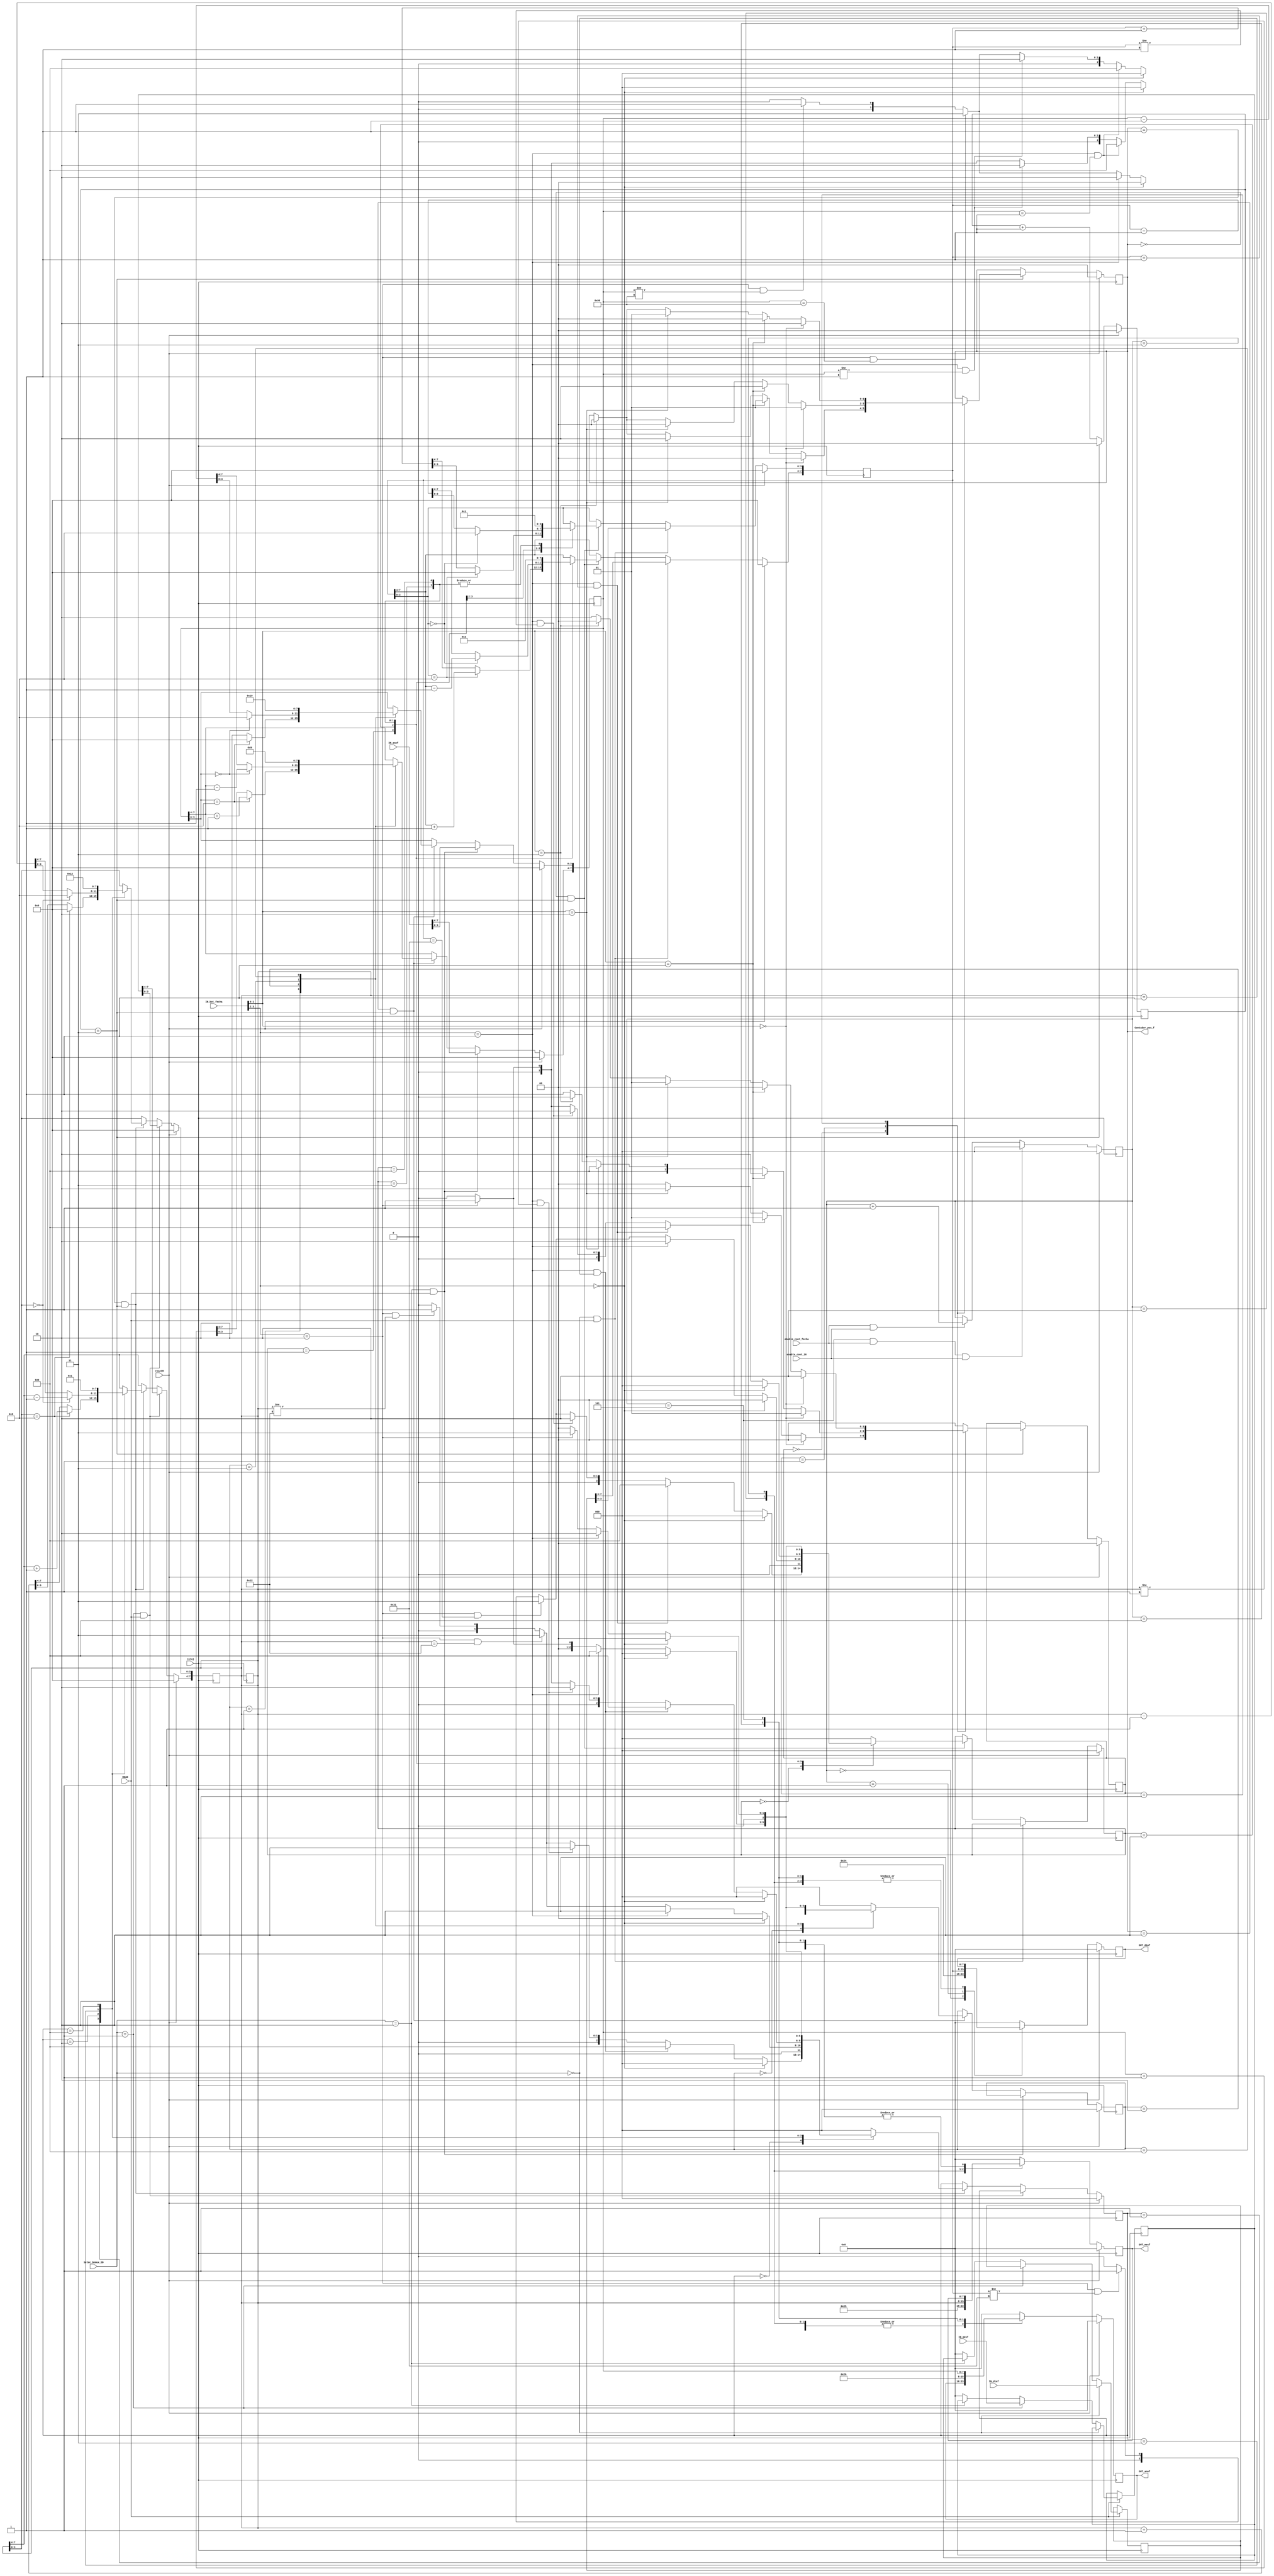
`timescale 1ns / 1ps
//////////////////////////////////////////////////////////////////////////////////
// Company: 
// Engineer: 
// 
// Design Name: 
// Module Name: bloque_fecha
// Project Name: 
// Target Devices: 
// Tool Versions: 
// Description: 
// 
// Dependencies: 
// 
// Revision:
// Revision 0.01 - File Created
// Additional Comments:
// 
//////////////////////////////////////////////////////////////////////////////////


module bloque_fecha(

 output [7:0] OUT_diaf,
 output [7:0] OUT_mesf,
 output [7:0] OUT_anof,
 
 output [1:0] Contador_pos_f,

 
 input [7:0] IN_diaf,
 input [7:0] IN_mesf,
 input [7:0] IN_anof,
 input reloj,
 input resetM,    
 input enable_cont_16,
 input enable_cont_fecha,
 input [3:0] Selec_Demux_DD,
 input [3:0] IN_bot_fecha,
 input READ

    );
 
 
 
 
 
 
 
 
 
 
 
 parameter dir_outfecha_1 = 8'd36;
 parameter dir_outfecha_2 = 8'd37;
 parameter dir_outfecha_3 = 8'd38;   
 reg [7:0] dato_diaf = 8'h01;
 reg [7:0] dato_mesf = 8'h01;
 reg [7:0] dato_anof = 8'h00; 
 reg [7:0] in_diaf;
 reg [7:0] in_mesf;
 reg [7:0] in_anof;
 
 reg [1:0] contador_pos_f=0;
 reg [2:0] sel_dato_fecha=0;
 reg [7:0] out_diaf = 0;
 reg [7:0] out_mesf = 0;
 reg [7:0] out_anof = 0;
 reg [7:0] out_diaf_sal;
 reg [7:0] out_mesf_sal;
 reg [7:0] out_anof_sal;
 reg [1:0] cont_4;
 


 
 
    
 assign  Contador_pos_f = contador_pos_f;
 
 assign OUT_diaf= out_diaf_sal;
 assign OUT_mesf = out_mesf_sal;
 assign OUT_anof = out_anof_sal; 
  

//////////// contador de 0 a 4

always @(posedge reloj)
begin

if(resetM)
    cont_4 <= 2'b00;
    
else if(cont_4 == 2'b11)
    cont_4 <= 2'b00;
    
else
    cont_4 <= cont_4 + 1;

end




always @(posedge reloj)

begin

    if (READ == 0)
    begin
    
    in_diaf <= in_diaf;
    in_mesf <= in_mesf;
    in_anof <= in_anof;
    
    
    end

    else if (Selec_Demux_DD == 4'h0)
        begin
        in_diaf <= IN_diaf;
        end
        
     else if (Selec_Demux_DD == 4'h1)
        begin
        in_mesf <= IN_mesf;
        
        end
       
     else if (Selec_Demux_DD == 4'h2)
        begin
        in_anof <= IN_anof;
        end
        
    else 
    begin
    
    in_diaf <= 0;
    in_mesf <= 0;
    in_anof <= 0;
    
    end


end

//// maquina para posicion

   parameter estado_0_pos = 2'b00;
   parameter estado_1_pos = 2'b01;
   parameter estado_2_pos = 2'b10;
  

   reg [1:0] estado_pos = estado_0_pos;

   always @(posedge reloj)
   begin
      if (resetM) begin
         estado_pos <= estado_0_pos;
         contador_pos_f <= 0;
      end
      else if(cont_4 == 2'b11)
      begin
         case (estado_pos)
         
         
            estado_0_pos : begin
            
               if (IN_bot_fecha [1:0] == 2'b00)
                begin
                  estado_pos <= estado_0_pos;
                  contador_pos_f <= 0;
                end
                
               else if (IN_bot_fecha [1:0] == 2'b01)
                begin
                  estado_pos <= estado_1_pos;
                  contador_pos_f <= 1;
                  end
                  
               else if (IN_bot_fecha [1:0] == 2'b10)
                begin
                  estado_pos <= estado_2_pos;
                  contador_pos_f <= 2;
                end   
               
               else if (IN_bot_fecha [1:0] == 2'b11)
                begin
                  estado_pos <= estado_0_pos;
                  contador_pos_f <= 0;
                end    
                  
               else
                  estado_pos <= estado_0_pos;
              
            end
            
            
            estado_1_pos : begin
            
                          if (IN_bot_fecha [1:0] == 2'b00)
                            begin
                              estado_pos <= estado_1_pos;
                              contador_pos_f <= 1;
                            end
                            
                           else if (IN_bot_fecha [1:0] == 2'b01)
                            begin
                              estado_pos <= estado_2_pos;
                              contador_pos_f <= 2;
                              end
                              
                           else if (IN_bot_fecha [1:0] == 2'b10)
                            begin
                              estado_pos <= estado_0_pos;
                              contador_pos_f <= 0;
                            end   
                           
                           else if (IN_bot_fecha [1:0] == 2'b11)
                            begin
                              estado_pos <= estado_0_pos;
                              contador_pos_f <= 0;
                            end    
                              
                           else
                              estado_pos <= estado_1_pos; 
               
            end
            
            estado_2_pos : begin
            
                          if (IN_bot_fecha [1:0] == 2'b00)
                            begin
                              estado_pos <= estado_2_pos;
                              contador_pos_f <= 2;
                            end
                            
                           else if (IN_bot_fecha [1:0] == 2'b01)
                            begin
                              estado_pos <= estado_0_pos;
                              contador_pos_f <= 0;
                              end
                              
                           else if (IN_bot_fecha [1:0] == 2'b10)
                            begin
                              estado_pos <= estado_1_pos;
                              contador_pos_f <= 1;
                            end   
                           
                           else if (IN_bot_fecha [1:0] == 2'b11)
                            begin
                              estado_pos <= estado_0_pos;
                              contador_pos_f <= 0;
                            end    
                              
                           else
                              estado_pos <= estado_2_pos;
            end
            
            default : begin  // Fault Recovery
               estado_pos <= estado_0_pos;
               contador_pos_f <= contador_pos_f;
            end
         endcase

        end
        
    else
    begin
    estado_pos <= estado_pos;
    contador_pos_f <= contador_pos_f;
    end

end

///// maquina dato dia


   parameter estado_0_dia = 3'b000;
   parameter estado_1_dia = 3'b001;
   parameter estado_2_dia = 3'b010;
   parameter estado_3_dia = 3'b011;
   parameter estado_4_dia = 3'b100;
  

   reg [2:0] estado_dia = estado_0_dia;
   

 always @(posedge reloj)
      if (resetM) begin
         estado_dia <= estado_0_dia;
         dato_diaf <= 8'h00;
      end
      
      else if(Selec_Demux_DD == 0 && READ == 1)
      begin
      dato_diaf <= in_diaf;
      end 
     
      
      else if(contador_pos_f == 0 && cont_4 == 2'b11)  
 begin
              case (estado_dia)
              
              
                 estado_0_dia : begin
                 
                    if (IN_bot_fecha [3:2] == 2'b00)
                     begin
                      estado_dia <= estado_0_dia;
                     end
                     
                    else if (IN_bot_fecha [3:2] == 2'b01 && dato_diaf == 8'h01)
                     begin
                       estado_dia <= estado_4_dia;
                       end
                       
                    else if (IN_bot_fecha [3:2] == 2'b01 && dato_diaf != 8'h01)
                     begin
                         estado_dia <= estado_2_dia;
      
                     end   
                    
                    else if (IN_bot_fecha [3:2] == 2'b10 && dato_diaf == 8'h31)
                     begin
                       estado_dia <= estado_3_dia;
                
                     end    
                       
                   else if (IN_bot_fecha [3:2] == 2'b10 && dato_diaf != 8'h31)
                      begin
                        estado_dia <= estado_1_dia;
                                
                       end                 
                       
                  else if (IN_bot_fecha [3:2] == 2'b11)
                    begin
                      estado_dia <= estado_0_dia;
                                  
                    end                  
                       
                    else
                       estado_dia <= estado_0_dia;
                       
                    begin
                       dato_diaf <= dato_diaf;
                    end   
                   
                 end
                 
                 
                 estado_1_dia : begin
                 
                               if (IN_bot_fecha [3:2] == 2'b00)
                                 begin
                                   estado_dia <= estado_0_dia;
                                 end
                                 
                                else if (IN_bot_fecha [3:2] == 2'b01)
                                 begin
                                  estado_dia <= estado_2_dia; 
                                   end
                                   
                                else if (IN_bot_fecha [3:2] == 2'b10  && dato_diaf == 8'h31)
                                 begin
                                  estado_dia <= estado_3_dia;
                                  
                                 end  
                                 
                               else if (IN_bot_fecha [3:2] == 2'b10  && dato_diaf != 8'h31)
                                 begin
                                  estado_dia <= estado_1_dia;
                                                             
                                 end                             
                                
                                else if (IN_bot_fecha [3:2] == 2'b11)
                                 begin
                                   estado_dia <= estado_0_dia;
                                 end    
                                   
                                else
                                   estado_dia <= estado_0_dia;
                                   
                                   begin
                                   if (dato_diaf[3:0] == 4'h9)
                                    begin
                                       dato_diaf[7:4] <= dato_diaf[7:4] +1;
                                       dato_diaf[3:0] <= 4'h0;
                                    end
                                   else
                                        dato_diaf <= dato_diaf +1; 
                                   end
                    
                 end
                 
                 estado_2_dia : begin
                 
                               if (IN_bot_fecha [3:2] == 2'b00)
                                 begin
                                    estado_dia <= estado_0_dia;
                                 end
                                 
                                else if (IN_bot_fecha [3:2] == 2'b01 && dato_diaf == 8'h01)
                                 begin
                                   estado_dia <= estado_4_dia;
                                   end
                                   
                                else if (IN_bot_fecha [3:2] == 2'b01 && dato_diaf != 8'h01)
                                 begin
                                   estado_dia <= estado_2_dia;
                                 end   
                                
                                else if (IN_bot_fecha [3:2] == 2'b10)
                                 begin
                                   estado_dia <= estado_1_dia;
                                 end                           
                                
                                else if (IN_bot_fecha [3:2] == 2'b11)
                                 begin
                                   estado_dia <= estado_0_dia;
                                 end    
                                   
                                else
                                   estado_dia <= estado_0_dia;
                                   begin
                                    if (dato_diaf[3:0] == 4'h0)
                                     begin
                                      dato_diaf[7:4] <=  dato_diaf[7:4]  - 1;
                                      dato_diaf[3:0] <= 4'h9;
                                     end
                                    else
                                     dato_diaf <=  dato_diaf - 1; 
                                    end
                 end
                 
                 
                 estado_3_dia : begin
                             
                                if (IN_bot_fecha [3:2] == 2'b00)
                                 begin
                                  estado_dia <= estado_0_dia;
                                 end
     
                                else if (IN_bot_fecha [3:2] == 2'b01 )
                                 begin
                                     estado_dia <= estado_4_dia;
                                  
                                 end   
                                
                                else if (IN_bot_fecha [3:2] == 2'b10 )
                                 begin
                                   estado_dia <= estado_1_dia;
                            
                                 end    
             
                              else if (IN_bot_fecha [3:2] == 2'b11)
                                begin
                                  estado_dia <= estado_0_dia;
                                              
                                end                  
                                   
                                else
                                   estado_dia <= estado_0_dia;
                                   begin
                                   dato_diaf <= 8'h01;
                                   end
                                   
                               
                             end            
                 
                 
                 estado_4_dia : begin
                                         
                                 if (IN_bot_fecha [3:2] == 2'b00)
                                 begin
                                   estado_dia <= estado_0_dia;
                                 end
                      
                                 else if (IN_bot_fecha [3:2] == 2'b01)
                                 begin
                                   estado_dia <= estado_2_dia;
                                               
                                 end   
                                            
                                 else if (IN_bot_fecha [3:2] == 2'b10)
                                 begin
                                 estado_dia <= estado_3_dia;
                                        
                                 end    
                               
                                 else if (IN_bot_fecha [3:2] == 2'b11)
                                 begin
                                 estado_dia <= estado_0_dia;
                                 end                  
                                               
                                 else
                                 estado_dia <= estado_0_dia;
                                 begin
                                 dato_diaf <= 8'h31;
                                 end
                                               
                                           
                               end            
     
                 
                 default : begin  // Fault Recovery
                    estado_dia <= estado_0_dia;
                    dato_diaf <= dato_diaf;
                 end
              endcase
     
     end     

      
      else
begin     

dato_diaf <= dato_diaf;

end


    
///////// MAQUINA MES

   parameter estado_0_mes = 3'b000;
   parameter estado_1_mes = 3'b001;
   parameter estado_2_mes = 3'b010;
   parameter estado_3_mes = 3'b011;
   parameter estado_4_mes = 3'b100;
  

   reg [2:0] estado_mes = estado_0_mes;


 always @(posedge reloj)
      if (resetM) begin
         estado_mes <= estado_0_mes;
         dato_mesf <= 8'h00;
      end
      
       else if(Selec_Demux_DD == 1 && READ == 1)
           begin
           dato_mesf <= in_mesf;
           end 
      
      else if(contador_pos_f == 1 && cont_4 == 2'b11)  

begin
         case (estado_mes)
         
         
            estado_0_mes : begin
            
               if (IN_bot_fecha [3:2] == 2'b00)
                begin
                 estado_mes <= estado_0_mes;
                end
                
               else if (IN_bot_fecha [3:2] == 2'b01 && dato_mesf == 8'h01)
                begin
                  estado_mes <= estado_4_mes;
                  end
                  
               else if (IN_bot_fecha [3:2] == 2'b01 && dato_mesf != 8'h01)
                begin
                    estado_mes <= estado_2_mes;
 
                end   
               
               else if (IN_bot_fecha [3:2] == 2'b10 && dato_mesf == 8'h12)
                begin
                  estado_mes <= estado_3_mes;
           
                end    
                  
              else if (IN_bot_fecha [3:2] == 2'b10 && dato_mesf != 8'h12)
                 begin
                   estado_mes <= estado_1_mes;
                           
                  end                 
                  
             else if (IN_bot_fecha [3:2] == 2'b11)
               begin
                 estado_mes <= estado_0_mes;
                             
               end                  
                  
               else
                  estado_mes <= estado_0_mes;
                  
               begin
                  dato_mesf <= dato_mesf;
               end   
              
            end
            
            
            estado_1_mes : begin
            
                          if (IN_bot_fecha [3:2] == 2'b00)
                            begin
                              estado_mes <= estado_0_mes;
                            end
                            
                           else if (IN_bot_fecha [3:2] == 2'b01)
                            begin
                             estado_mes <= estado_2_mes; 
                              end
                              
                           else if (IN_bot_fecha [3:2] == 2'b10  && dato_mesf == 8'h12)
                            begin
                             estado_mes <= estado_3_mes;
                             
                            end  
                            
                          else if (IN_bot_fecha [3:2] == 2'b10  && dato_mesf != 8'h12)
                            begin
                             estado_mes <= estado_1_mes;
                                                        
                            end                             
                           
                           else if (IN_bot_fecha [3:2] == 2'b11)
                            begin
                              estado_mes <= estado_0_mes;
                            end    
                              
                           else
                              estado_mes <= estado_0_mes;
                              
                              begin
                                if (dato_mesf[3:0] == 4'h9)
                                  begin
                                  dato_mesf[7:4] <= dato_mesf[7:4] + 1;
                                  dato_mesf[3:0] <= 4'h0;
                                 end
                                else
                                  dato_mesf <= dato_mesf +1; 
                              end
               
            end
            
            estado_2_mes : begin
            
                          if (IN_bot_fecha [3:2] == 2'b00)
                            begin
                               estado_mes <= estado_0_mes;
                            end
                            
                           else if (IN_bot_fecha [3:2] == 2'b01 && dato_mesf == 8'h01)
                            begin
                              estado_mes <= estado_4_mes;
                              end
                              
                           else if (IN_bot_fecha [3:2] == 2'b01 && dato_mesf != 8'h01)
                            begin
                              estado_mes <= estado_2_mes;
                            end   
                           
                           else if (IN_bot_fecha [3:2] == 2'b10)
                            begin
                              estado_mes <= estado_1_mes;
                            end                           
                           
                           else if (IN_bot_fecha [3:2] == 2'b11)
                            begin
                              estado_mes <= estado_0_mes;
                            end    
                              
                           else
                              estado_mes <= estado_0_mes;
                              begin
                                if (dato_mesf[3:0] == 4'h0)
                                begin
                                 dato_mesf[7:4] <= dato_mesf[7:4] - 1;
                                 dato_mesf[3:0] <= 4'h9;
                                end
                                else
                                dato_mesf <= dato_mesf - 1; 
                              end
            end
            
            
            estado_3_mes : begin
                        
                           if (IN_bot_fecha [3:2] == 2'b00)
                            begin
                             estado_mes <= estado_0_mes;
                            end

                           else if (IN_bot_fecha [3:2] == 2'b01 )
                            begin
                                estado_mes <= estado_4_mes;
                             
                            end   
                           
                           else if (IN_bot_fecha [3:2] == 2'b10 )
                            begin
                              estado_mes <= estado_1_mes;
                       
                            end    
        
                         else if (IN_bot_fecha [3:2] == 2'b11)
                           begin
                             estado_mes <= estado_0_mes;
                                         
                           end                  
                              
                           else
                              estado_mes <= estado_0_mes;
                              begin
                              dato_mesf <= 8'h01;
                              end
                              
                          
                        end            
            
            
            estado_4_mes : begin
                                    
                            if (IN_bot_fecha [3:2] == 2'b00)
                            begin
                              estado_mes <= estado_0_mes;
                            end
                 
                            else if (IN_bot_fecha [3:2] == 2'b01)
                            begin
                              estado_mes <= estado_2_mes;
                                          
                            end   
                                       
                            else if (IN_bot_fecha [3:2] == 2'b10)
                            begin
                            estado_mes <= estado_3_mes;
                                   
                            end    
                          
                            else if (IN_bot_fecha [3:2] == 2'b11)
                            begin
                            estado_mes <= estado_0_mes;
                            end                  
                                          
                            else
                            estado_mes <= estado_0_mes;
                            begin
                            dato_mesf <= 8'h12;
                            end
                                          
                                      
                          end            

            
            default : begin  // Fault Recovery
               estado_mes <= estado_0_mes;
               dato_mesf <= dato_mesf;
            end
         endcase

end         
          
          
else 
    begin
        dato_mesf <= dato_mesf;
    end         
          
          
          
 /////////// maquina para ao         
          
    parameter estado_0_ano = 3'b000;
    parameter estado_1_ano = 3'b001;
    parameter estado_2_ano = 3'b010;
    parameter estado_3_ano = 3'b011;
    parameter estado_4_ano = 3'b100;
   
 
    reg [2:0] estado_ano = estado_0_ano;
 
 
  always @(posedge reloj)
       if (resetM) begin
          estado_ano <= estado_0_ano;
          dato_anof <= 8'h00;
       end
       
        else if(Selec_Demux_DD == 2 && READ == 1)
            begin
            dato_anof <= IN_anof;
            end 
       
       else if(contador_pos_f == 2 && cont_4 == 2'b11)


          
        begin
         case (estado_ano)
         
         
            estado_0_ano : begin
            
               if (IN_bot_fecha [3:2] == 2'b00)
                begin
                 estado_ano <= estado_0_ano;
                end
                
               else if (IN_bot_fecha [3:2] == 2'b01 && dato_anof == 8'h01)
                begin
                  estado_ano <= estado_4_ano;
                  end
                  
               else if (IN_bot_fecha [3:2] == 2'b01 && dato_anof != 8'h01)
                begin
                    estado_ano <= estado_2_ano;
 
                end   
               
               else if (IN_bot_fecha [3:2] == 2'b10 && dato_anof == 8'h99)
                begin
                  estado_ano <= estado_3_ano;
           
                end    
                  
              else if (IN_bot_fecha [3:2] == 2'b10 && dato_anof != 8'h99)
                 begin
                   estado_ano <= estado_1_ano;
                           
                  end                 
                  
             else if (IN_bot_fecha [3:2] == 2'b11)
               begin
                 estado_ano <= estado_0_ano;
                             
               end                  
                  
               else
                  estado_ano <= estado_0_ano;
                  
               begin
                  dato_anof <= dato_anof;
               end   
              
            end
            
            
            estado_1_ano : begin
            
                          if (IN_bot_fecha [3:2] == 2'b00)
                            begin
                              estado_ano <= estado_0_ano;
                            end
                            
                           else if (IN_bot_fecha [3:2] == 2'b01)
                            begin
                             estado_ano <= estado_2_ano; 
                              end
                              
                           else if (IN_bot_fecha [3:2] == 2'b10  && dato_anof == 8'h99)
                            begin
                             estado_ano <= estado_3_ano;
                             
                            end  
                            
                          else if (IN_bot_fecha [3:2] == 2'b10  && dato_anof != 8'h99)
                            begin
                             estado_ano <= estado_1_ano;
                                                        
                            end                             
                           
                           else if (IN_bot_fecha [3:2] == 2'b11)
                            begin
                              estado_ano <= estado_0_ano;
                            end    
                              
                           else
                              estado_ano <= estado_0_ano;
                              
                              begin
                                if (dato_anof[3:0] == 4'h9)
                                 begin
                                 dato_anof[7:4] <= dato_anof[7:4] + 1;
                                 dato_anof[3:0] <= 4'h0;
                                 end
                                else
                                 dato_anof <= dato_anof +1; 
                              end
               
            end
            
            estado_2_ano : begin
            
                          if (IN_bot_fecha [3:2] == 2'b00)
                            begin
                               estado_ano <= estado_0_ano;
                            end
                            
                           else if (IN_bot_fecha [3:2] == 2'b01 && dato_anof == 8'h01)
                            begin
                              estado_ano <= estado_4_ano;
                              end
                              
                           else if (IN_bot_fecha [3:2] == 2'b01 && dato_anof != 8'h01)
                            begin
                              estado_ano <= estado_2_ano;
                            end   
                           
                           else if (IN_bot_fecha [3:2] == 2'b10)
                            begin
                              estado_ano <= estado_1_ano;
                            end                           
                           
                           else if (IN_bot_fecha [3:2] == 2'b11)
                            begin
                              estado_ano <= estado_0_ano;
                            end    
                              
                           else
                              estado_ano <= estado_0_ano;
                              begin
                                if (dato_anof[3:0] == 4'h0)
                                begin
                                 dato_anof[7:4] <= dato_anof[7:4] - 1;
                                 dato_anof[3:0] <= 4'h9;
                                end
                                else
                                 dato_anof <= dato_anof - 1; 
                              end
            end
            
            
            estado_3_ano : begin
                        
                           if (IN_bot_fecha [3:2] == 2'b00)
                            begin
                             estado_ano <= estado_0_ano;
                            end

                           else if (IN_bot_fecha [3:2] == 2'b01 )
                            begin
                                estado_ano <= estado_4_ano;
                             
                            end   
                           
                           else if (IN_bot_fecha [3:2] == 2'b10 )
                            begin
                              estado_ano <= estado_1_ano;
                       
                            end    
        
                         else if (IN_bot_fecha [3:2] == 2'b11)
                           begin
                             estado_ano <= estado_0_ano;
                                         
                           end                  
                              
                           else
                              estado_ano <= estado_0_ano;
                              begin
                              dato_anof <= 8'h01;
                              end
                              
                          
                        end            
            
            
            estado_4_ano : begin
                                    
                            if (IN_bot_fecha [3:2] == 2'b00)
                            begin
                              estado_ano <= estado_0_ano;
                            end
                 
                            else if (IN_bot_fecha [3:2] == 2'b01)
                            begin
                              estado_ano <= estado_2_ano;
                                          
                            end   
                                       
                            else if (IN_bot_fecha [3:2] == 2'b10)
                            begin
                            estado_ano <= estado_3_ano;
                                   
                            end    
                          
                            else if (IN_bot_fecha [3:2] == 2'b11)
                            begin
                            estado_ano <= estado_0_ano;
                            end                  
                                          
                            else
                            estado_ano <= estado_0_ano;
                            begin
                            dato_anof <= 8'h99;
                            end
                                          
                                      
                          end            

            
            default : begin  // Fault Recovery
               estado_ano <= estado_0_ano;
               dato_anof <= dato_anof;
            end
         endcase

end       
          
else 
    begin
        dato_mesf <= dato_mesf;
end         
                  



  
      
    






//// contador de 0 a 5

always @(posedge reloj)

begin

    if (resetM)
        sel_dato_fecha <= 0;
    
    else if (sel_dato_fecha == 5 && enable_cont_fecha && enable_cont_16)
        sel_dato_fecha <= 0;
    
    else if (enable_cont_fecha && enable_cont_16)
        sel_dato_fecha <= sel_dato_fecha + 1;
        
    else 
        sel_dato_fecha <= sel_dato_fecha;   
        

end   







       
always @ (posedge reloj)
            begin
            
            if (resetM)
            begin

            out_diaf_sal <= 0;
            out_mesf_sal <= 0;
            out_anof_sal <= 0;
            
            end
            
            else
            
            case (sel_dato_fecha)
                  3'b000 : begin
                           out_diaf_sal <= dir_outfecha_1; 
                           end
                  3'b001 : begin
                           out_diaf_sal <= dato_diaf;
                           end
                  3'b010 : begin
                           out_mesf_sal <= dir_outfecha_2;
                           end
                  3'b011 : begin
                           out_mesf_sal <= dato_mesf;
                           end
                  3'b100 : begin
                              out_anof_sal <= dir_outfecha_3;
                           end
                  3'b101 : begin
                              out_anof_sal <= dato_anof;
                           end
                 
                  default: begin
                              out_diaf_sal <= 0;
                              out_mesf_sal <= 0;
                              out_anof_sal <= 0;
                           end
               endcase
                        
            end 
   
    
 
endmodule